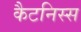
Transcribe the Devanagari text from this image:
कैटनिस्स